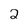
Character: 2